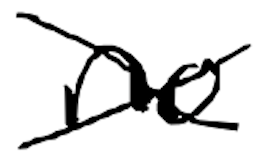
Text: no
Cross-out: cross
Writing tool: digital_black